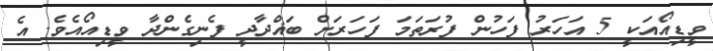
ވީޑިއޯއަކީ 5 އަހަރު ފަހުން ފުރަތަމަ ފަހަރަށް ބަޣްދާދީ ފެނިގެންދާ ވީޑިއޯއެވެ. އެ